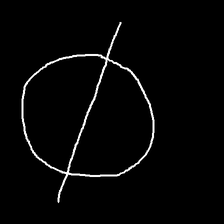
Glyph: orb